Annual statistical returns and brief notes on vaccination in Bengal - 1909-1929
Year: 1909
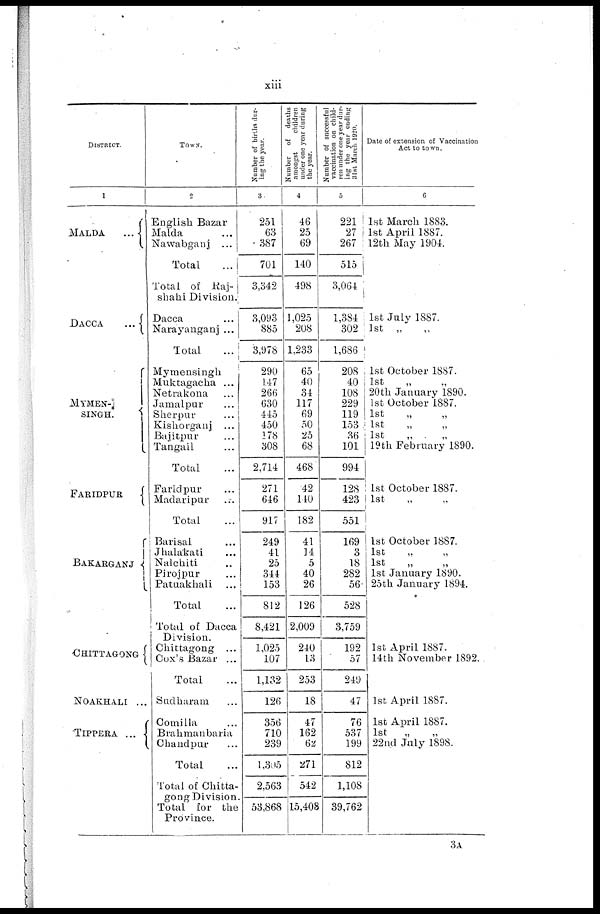
xiii
DISTRICT.
1
MALDA
...
DACCA
...
MYMEN-
SINGH.
FARIDPUR
BAKARGANJ
CHITTAGONG
NOAKHALI ...
TIPPERA
...
Tows.
2
English Bazar ...
Malda ...
Nawabganj
...
Total
...
Total of Raj-
shahi Division.
Dacca ...
Narayanganj ...
Total ...
Mymensingh
Muktagacha ...
Netrakona ...
Jamalpur ...
Sherpur
...
Kishorganj
...
Bajitpur ...
Tangail ...
Total ...
Faridpur ...
Madaripur
...
Total ...
Barisal ...
Jhalakati ...
Nalchiti ...
Pirojpur ...
Patuakhali ...
Total ...
Total of Dacca
Division.
Chittagong ...
Cox's Bazar ...
Total ...
Sudharam ...
Comilla ...
Brahmanbaria ...
Chandpur ...
Total ...
Total of Chitta-
gong Division.
Total for the
Province.
Number of births dur-
ing the year.
3
251
63
387
701
3,342
3,093
885
3,978
290
147
266
630
445
450
178
308
2,714
271
646
917
249
41
25
344
153
812
8,421
1,025
107
1,132
126
356
710
239
1,305
2,563
53,868
Number of deaths
amongst
children
under one year during
the year.
4
46
25
69
140
498
1,025
208
1,233
65
40
34
117
69
50
25
68
468
42
140
182
41
14
5
40
26
126
2,009
240
13
253
18
47
162
62
271
542
15,408
Number of successful
vaccination on child-
ren under one year dur-
ing the year ending
31st March 1920.
5
221
27
267
515
3,064
1,384
302
1,686
208
40
108
229
119
153
36
101
994
128
423
551
169
3
18
282
56
528
3,759
192
57
249
47
76
537
199
812
1,108
39,762
Date of extension of Vaccination
Act to town.
6
1st March 1883.
1st April 1887.
12th May 1904.
1st July 1887.
1st „ „
1st October 1887.
1st
„
„
20th January 1890.
1st October 1887.
1st
„
„
1st „ „
1st
„
„
19th February 1890.
1st October 1887.
1st „ „
1st October 1887.
1st
„ „
1st
„
„
1st January 1890.
25th January 1894.
1st April 1887.
14th November 1892.
1st April 1887.
1st April 1887.
1st
„ „
22nd July 1898.
3A